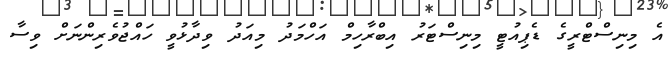
އެ މިނިސްޓްރީގެ ޑެޕިއުޓީ މިނިސްޓަރު އިބްރާހިމް އަހްމަދު މިއަދު ވިދާޅުވީ ހައްޖުވެރިންނަށް ވިސާ